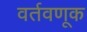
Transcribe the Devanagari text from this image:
वर्तवणूक